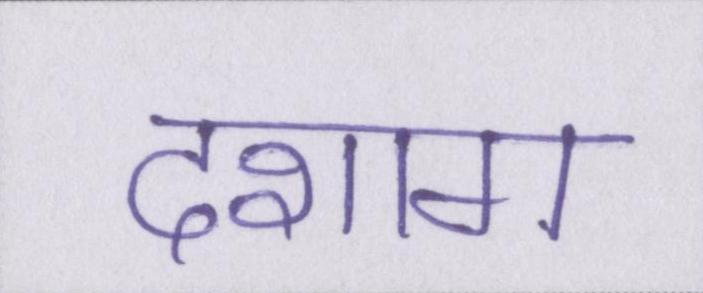
दशाॻ